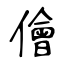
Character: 儈